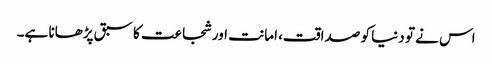
اس نے تو دنیا کو صداقت، امانت اور شجاعت کا سبق پڑھانا ہے۔